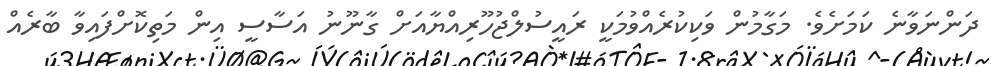
ދަންނަވާނެ ކަމަށެވެ. މަގާމުން ވަކިކުރެއްވުމަކީ ރައީސުލްޖުހޫރިއްޔާއަށް ގާނޫނު އަސާސީ އިން މަތިކޮށްފައިވާ ބާރެއް